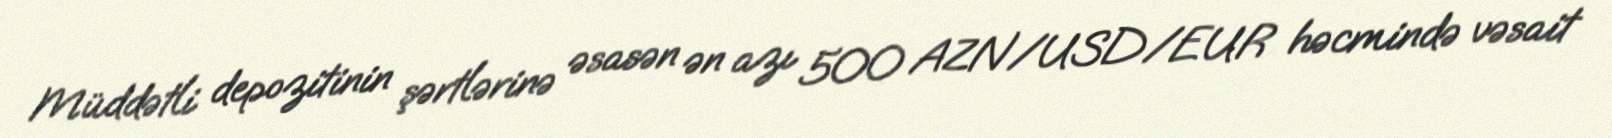
Müddətli depozitinin şərtlərinə əsasən ən azı 500 AZN/USD/EUR həcmində vəsait